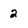
Character: 2